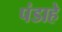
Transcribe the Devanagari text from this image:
पंडाहे